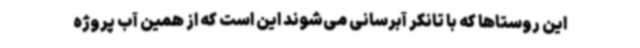
این روستاها که با تانکر آبرسانی می‌شوند این است که از همین آب پروژه